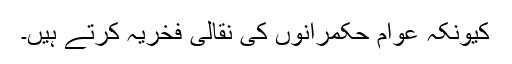
کیونکہ عوام حکمرانوں کی نقالی فخریہ کرتے ہیں۔